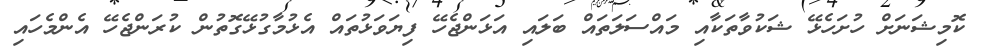
ކޮމިޝަނަށް ހުށަހެޅޭ ޝަކުވާތަކާއި މައްސަލަތައް ބަލައި އަޅަންޖެހޭ ފިޔަވަޅުތައް އެޅުމާގުޅޭގޮތުން ކުރަންޖެހޭ އެންމެހައި